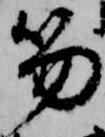
笏